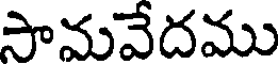
సామవేదము